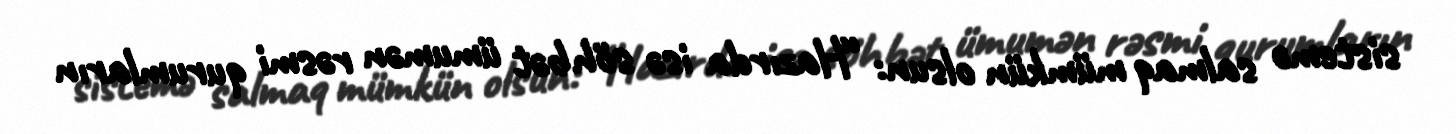
sistemə salmaq mümkün olsun: “Hazırda isə söhbət ümumən rəsmi qurumların